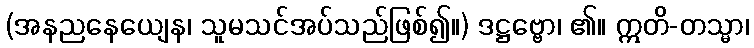
(အနညနေယျေန၊ သူမသင်အပ်သည်ဖြစ်၍။) ဒဋ္ဌဗ္ဗော၊ ၏။ ဣတိ-တသ္မာ၊